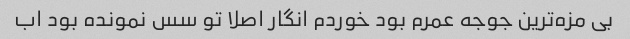
بی مزه‌ترین جوجه عمرم بود خوردم انگار اصلا تو سس نمونده بود اب